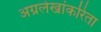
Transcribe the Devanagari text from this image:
अग्रलेखांकरिता